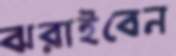
ঝরাইবেন